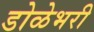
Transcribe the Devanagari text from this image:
डोळेभरी